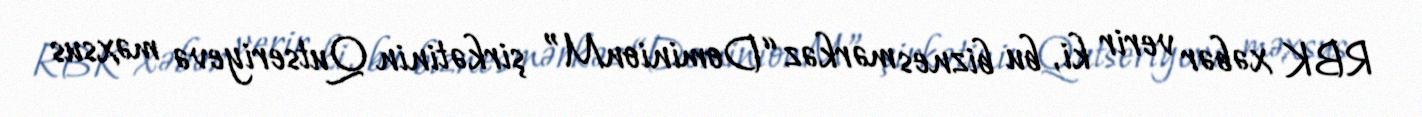
RBK xəbər verir ki, bu biznes mərkəz “DominionM” şirkətinin Qutseriyevə məxsus